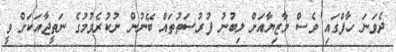
ދެވަނަ ހާފްގައި ވެސް މާޒިޔާއަށް ލިބުނު ފުރުސަތުތައް ބޭނުން ނުކުރެވުމުގެ ނަތީޖާއަކަށް ވީ